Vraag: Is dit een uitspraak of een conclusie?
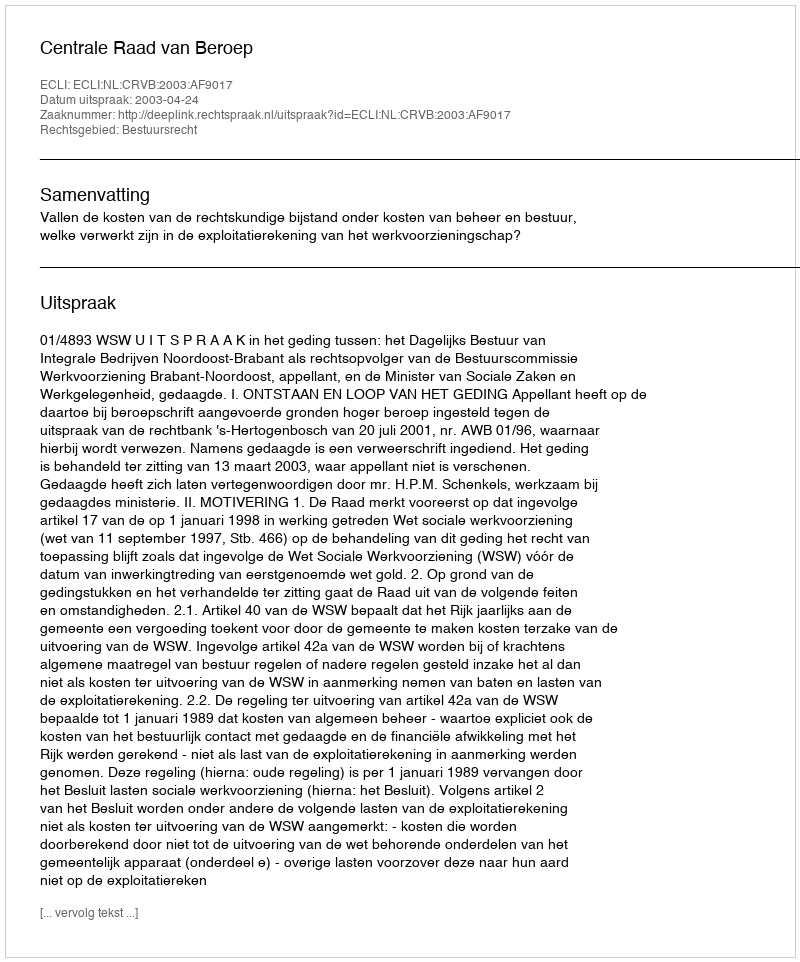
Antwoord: Uitspraak